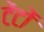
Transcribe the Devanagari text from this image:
टेंटों